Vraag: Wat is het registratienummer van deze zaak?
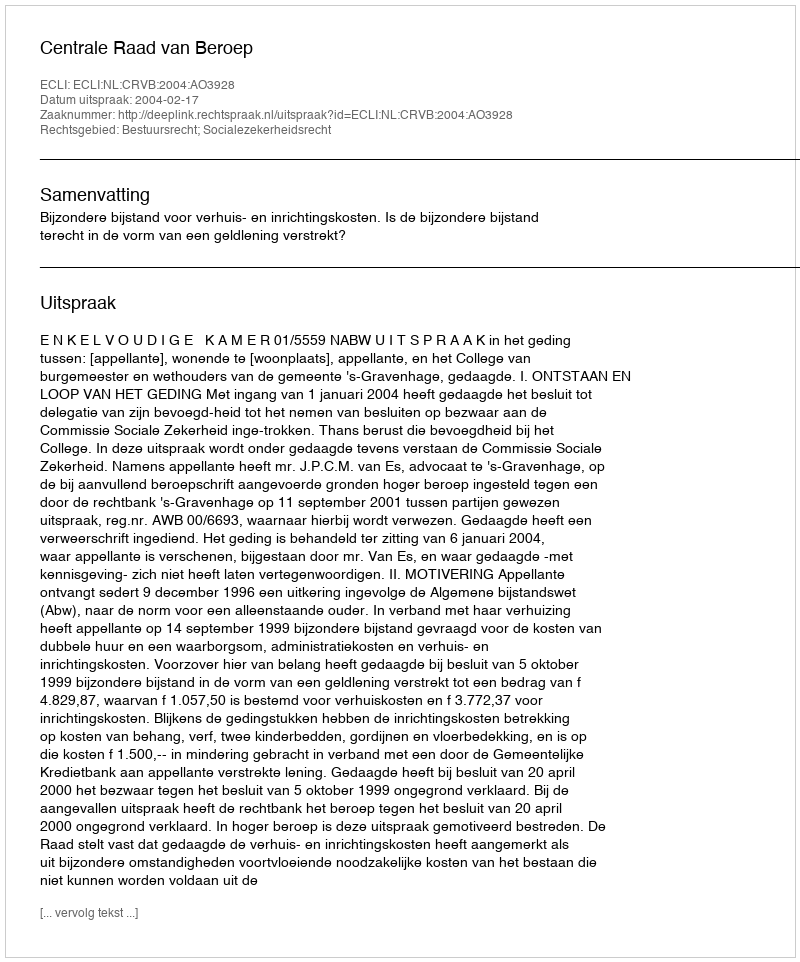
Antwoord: http://deeplink.rechtspraak.nl/uitspraak?id=ECLI:NL:CRVB:2004:AO3928